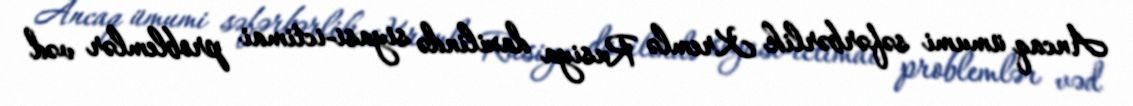
Ancaq ümumi səfərbərlik Kremlə Rusiya daxilində siyasi-ictimai problemlər vəd